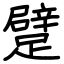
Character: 躄